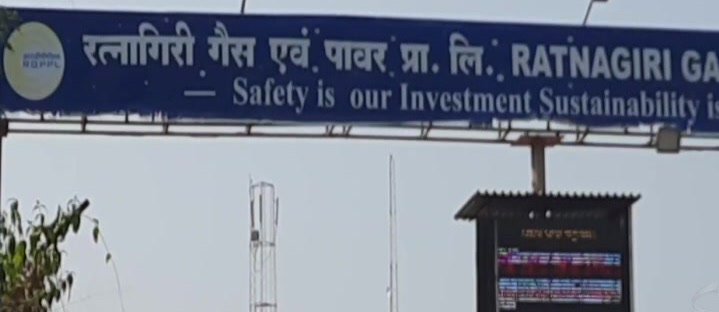
Language: marathi
Transcription: लि . रत्नागिरी गैस एवं . प्रा पावर